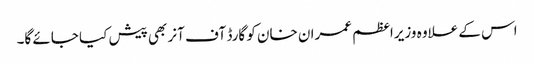
اس کے علاوہ وزیراعظم عمران خان کو گارڈ آف آنر بھی پیش کیا جائے گا۔